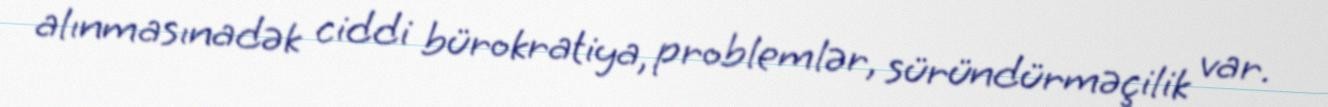
alınmasınadək ciddi bürokratiya, problemlər, süründürməçilik var.